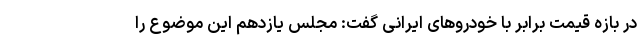
در بازه قیمت برابر با خودروهای ایرانی گفت: مجلس یازدهم این موضوع را